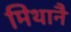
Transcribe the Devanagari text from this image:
मिथानै